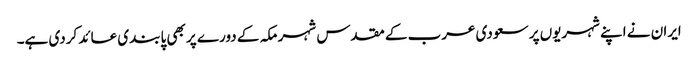
ایران نے اپنے شہریوں پر سعودی عرب کے مقدس شہر مکہ کے دورے پر بھی پابندی عائد کردی ہے۔